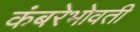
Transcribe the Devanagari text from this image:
कंबरेभोवती